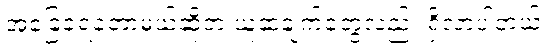
အခြေခံရတော့မယ်ဆိုတဲ့ ယူဆချက်တွေလည်း ရှိလာပါတယ်။